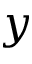
y